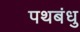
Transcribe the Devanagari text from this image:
पथबंधु